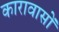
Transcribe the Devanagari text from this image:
कारावासों